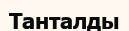
Танталды